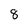
Character: 8